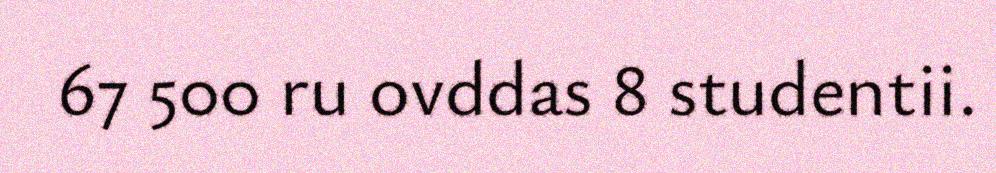
67 500 ru ovddas 8 studentii.